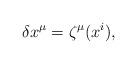
LaTeX: \begin{align*}\delta x^\mu=\zeta^\mu(x^i),\end{align*}